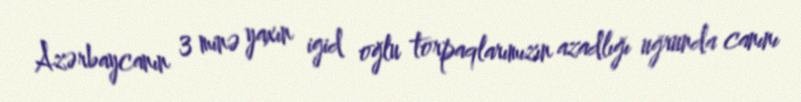
Azərbaycanın 3 minə yaxın igid oğlu torpaqlarımızın azadlığı uğrunda canını